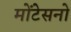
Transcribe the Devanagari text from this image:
मोंटेसनो